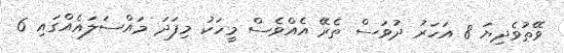
ވޭތުވެދިޔަ 8 އަހަރު ދުވަސް ތެރޭ އެއްވެސް މީހަކު މިފަދަ މައްސަލައެއްގައި 6